Report on vaccination in the Province of Bengal - 1874-1889
Year: 1874
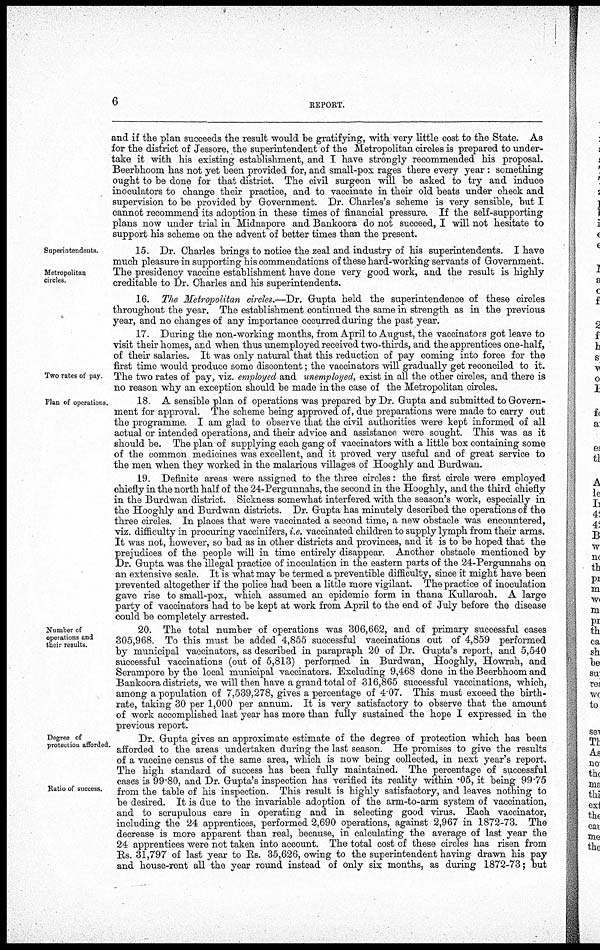
6
REPORT.
and if the plan succeeds the result would be gratifying, with very little cost to the State. As
for the district of Jessore, the superintendent of the Metropolitan circles is prepared to under-
take it with his existing establishment, and I have strongly recommended his proposal.
Beerbhoom has not yet been provided for, and small-pox rages there every year : something
ought to be done for that district. The civil surgeon will be asked to try and induce
inoculators to change their practice, and to vaccinate in their old beats under check and
supervision to be provided by Government. Dr. Charles's scheme is very sensible, but I
cannot recommend its adoption in these times of financial pressure. If the self-supporting
plans now under trial in Midnapore and Bankoora do not succeed, I will not hesitate to
support his scheme on the advent of better times than the present.
Superintendents.
Metropolitan
circles.
15. Dr. Charles brings to notice the zeal and industry of his superintendents. I have
much pleasure in supporting his commendations of these hard-working servants of Government.
The presidency vaccine establishment have done very good work, and the result is highly
creditable to Dr. Charles and his superintendents.
16. The Metropolitan circles.—Dr. Gupta held the superintendence of these circles
throughout the year. The establishment continued the same in strength as in the previous
year, and no changes of any importance occurred during the past year.
Two rates of pay.
17. During the non-working months, from April to August, the vaccinators got leave to
visit their homes, and when thus unemployed received two-thirds, and the apprentices one-half,
of their salaries. It was only natural that this reduction of pay coming into force for the
first time would produce some discontent; the vaccinators will gradually get reconciled to it.
The two rates of pay, viz. employed and unemployed, exist in all the other circles, and there is
no reason why an exception should be made in the case of the Metropolitan circles.
Plan of operations.
18 A sensible plan of operations was prepared by Dr. Gupta and submitted to Govern-
ment for approval. The scheme being approved of, due preparations were made to carry out
the programme. I am glad to observe that the civil authorities were kept informed of all
actual or intended operations, and their advice and assistance were sought. This was as it
should be. The plan of supplying each gang of vaccinators with a little box containing some
of the common medicines was excellent, and it proved very useful and of great service to
the men when they worked in the malarious villages of Hooghly and Burdwan.
19. Definite areas were assigned to the three circles: the first circle were employed
chiefly in the north half of the 24-Pergunnahs, the second in the Hooghly, and the third chiefly
in the Burdwan district. Sickness somewhat interfered with the season's work, especially in
the Hooghly and Burdwan districts. Dr. Gupta has minutely described the operations of the
three circles. In places that were vaccinated a second time, a new obstacle was encountered,
viz. difficulty in procuring vaccinifers, i.e. vaccinated children to supply lymph from their arms.
It was not, however, so bad as in other districts and provinces, and it is to be hoped that the
prejudices of the people will in time entirely disappear. Another obstacle mentioned by
Dr. Gupta was the illegal practice of inoculation in the eastern parts of the 24-Pergunnahs on
an extensive scale. It is what may be termed a preventible difficulty, since it might have been
prevented altogether if the police had been a little more vigilant. The practice of inoculation
gave rise to small-pox, which assumed an epidemic form in thana Kullaroab. A large
party of vaccinators had to be kept at work from April to the end of July before the disease
could be completely arrested.
Number of
operations and
their results.
20. The total number of operations was 306,662, and of primary successful cases
305,968. To this must be added 4,855 successful vaccinations out of 4,859 performed
by municipal vaccinators, as described in parapraph 20 of Dr. Gupta's report, and 5,540
successful vaccinations (out of 5,813) performed in Burdwan, Hooghly, Howrah, and
Serampore by the local municipal vaccinators. Excluding 9,468 done in the Beerbhoom and
Bankoora districts, we will then have a grand total of 316,865 successful vaccinations, which,
among a population of 7,539,278, gives a percentage of 4.07. This must exceed the birth-
rate, taking 30 per 1,000 per annum. It is very satisfactory to observe that the amount
of work accomplished last year has more than fully sustained the hope I expressed in the
previous report.
Degree of
protection afforded.
Ratio of success.
Dr. Gupta gives an approximate estimate of the degree of protection which has been
afforded to the areas undertaken during the last season. He promises to give the results
of a vaccine census of the same area, which is now being collected, in next year's report.
The high standard of success has been fully maintained. The percentage of successful
cases is 99.80, and Dr. Gupta's inspection has verified its reality within .05, it being 99.75
from the table of his inspection. This result is highly satisfactory, and leaves nothing to
be desired. It is due to the invariable adoption of the arm-to-arm system of vaccination,
and to scrupulous care in operating and in selecting good virus. Each vaccinator,
including the 24 apprentices, performed 2,690 operations, against 2,967 in 1872-73. The
decrease is more apparent than real, because, in calculating the average of last year the
24 apprentices were not taken into account. The total cost of these circles has risen from
Rs. 31,797 of last year to Rs. 35,626, owing to the superintendent having drawn his pay
and house-rent all the year round instead of only six months, as during 1872-73; but